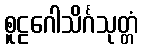
စူဠဂေါသိင်္ဂသုတ္တံ